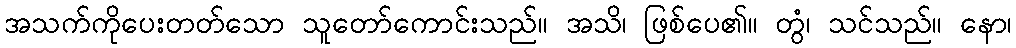
အသက်ကိုပေးတတ်သော သူတော်ကောင်းသည်။ အသိ၊ ဖြစ်ပေ၏။ တွံ၊ သင်သည်။ နော၊